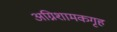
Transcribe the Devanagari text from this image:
अग्निशामकगृह